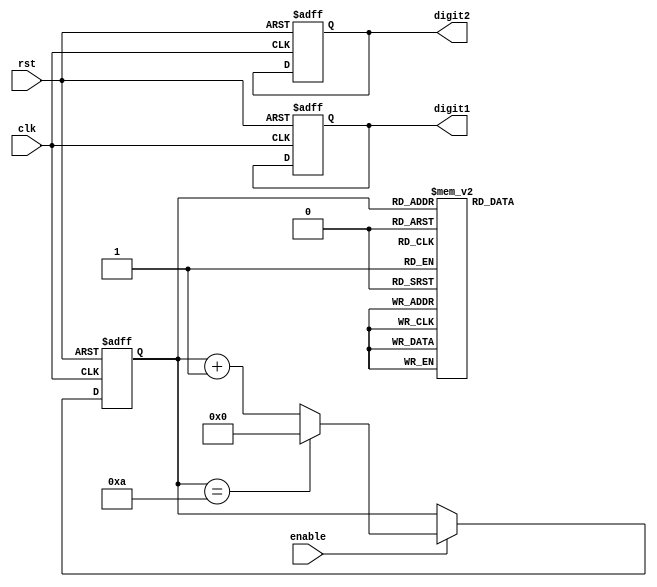
module BCD_counter (
  input wire clk,
  input wire rst,
  input wire enable,
  output reg [3:0] digit1,
  output reg [3:0] digit2
);

reg [3:0] count;

always @(posedge clk or posedge rst) begin
  if (rst) begin
    count <= 4'b0000;
    digit1 <= 4'b0000;
    digit2 <= 4'b0000;
  end else if (enable) begin
    count <= count + 1;
    if (count == 4'b1010) begin
      count <= 4'b0000;
    end
  end
end

always @(count) begin
  case (count)
    4'b0000: begin
      digit1 <= 4'b0000;
      digit2 <= 4'b0000;
    end
    4'b0001: begin
      digit1 <= 4'b0000;
      digit2 <= 4'b0001;
    end
    4'b0010: begin
      digit1 <= 4'b0000;
      digit2 <= 4'b0010;
    end
    4'b0011: begin
      digit1 <= 4'b0000;
      digit2 <= 4'b0011;
    end
    4'b0100: begin
      digit1 <= 4'b0000;
      digit2 <= 4'b0100;
    end
    4'b0101: begin
      digit1 <= 4'b0000;
      digit2 <= 4'b0101;
    end
    4'b0110: begin
      digit1 <= 4'b0000;
      digit2 <= 4'b0110;
    end
    4'b0111: begin
      digit1 <= 4'b0000;
      digit2 <= 4'b0111;
    end
    4'b1000: begin
      digit1 <= 4'b0000;
      digit2 <= 4'b1000;
    end
    4'b1001: begin
      digit1 <= 4'b0000;
      digit2 <= 4'b1001;
    end
    default: begin
      digit1 <= 4'b0000;
      digit2 <= 4'b0000;
    end
  endcase
end

endmodule